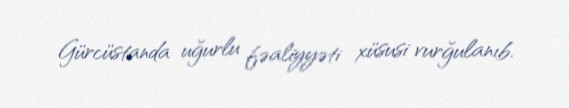
Gürcüstanda uğurlu fəaliyyəti xüsusi vurğulanıb.